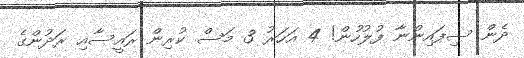
ދެން ސިފައިންނާ ފުލުހުން! 4 އަހަރު 3 މަސް ކުރިން ރައީސާއި ރަދުންގެ